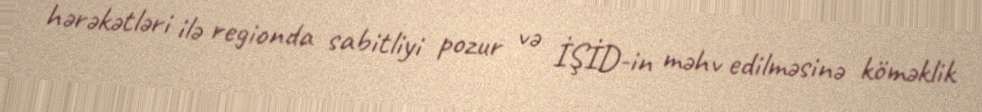
hərəkətləri ilə regionda sabitliyi pozur və İŞİD-in məhv edilməsinə köməklik